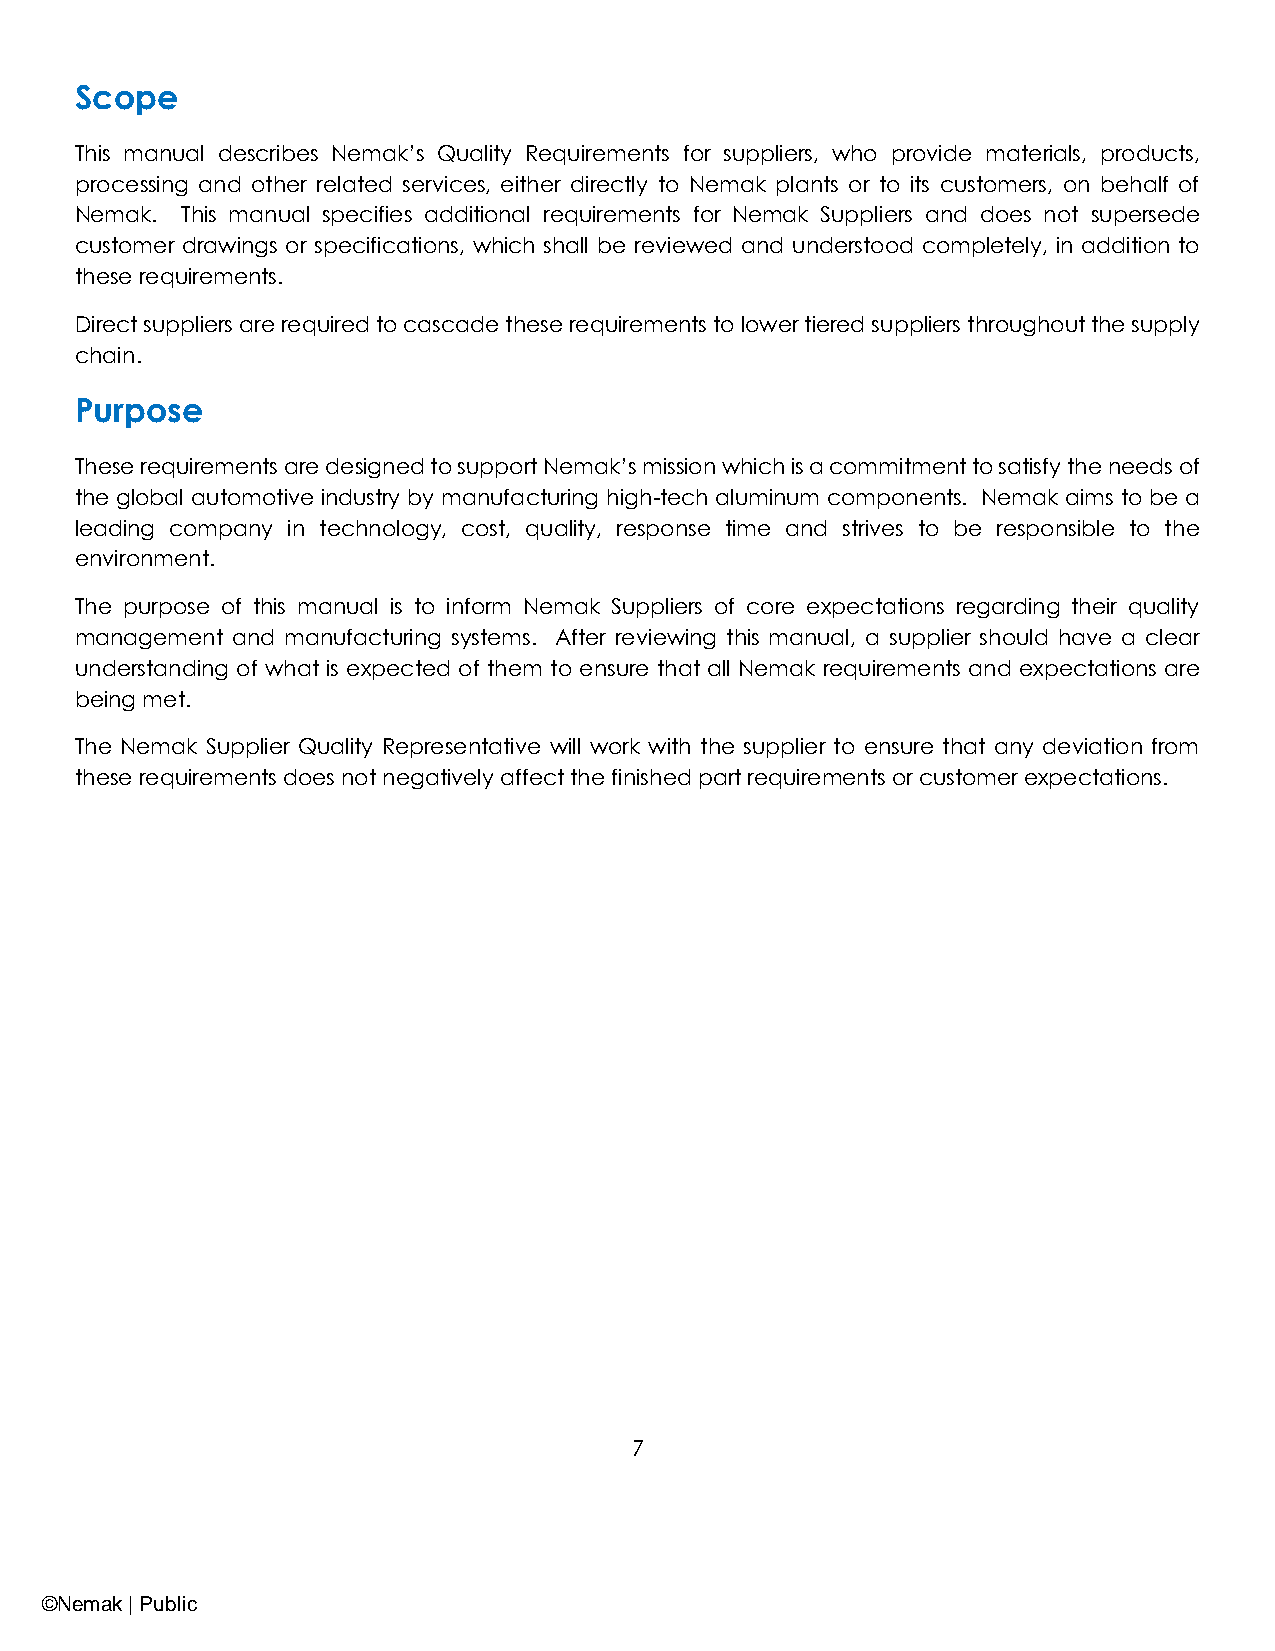
Scope
 This manual describes Nemak’s Quality Requirements for suppliers, who provide materials, products,
 processing and other related services, either directly to Nemak plants or to its customers, on behalf of
 Nemak. This manual specifies additional requirements for Nemak Suppliers and does not supersede
 customer drawings or specifications, which shall be reviewed and understood completely, in addition to
 these requirements.
 Direct suppliers are required to cascade these requirements to lower tiered suppliers throughout the supply
 chain.
 Purpose
 These requirements are designed to support Nemak’s mission which is a commitment to satisfy the needs of
 the global automotive industry by manufacturing high-tech aluminum components. Nemak aims to be a
 leading company in technology, cost, quality, response time and strives to be responsible to the
 environment.
 The purpose of this manual is to inform Nemak Suppliers of core expectations regarding their quality
 management and manufacturing systems. After reviewing this manual, a supplier should have a clear
 understanding of what is expected of them to ensure that all Nemak requirements and expectations are
 being met.
 The Nemak Supplier Quality Representative will work with the supplier to ensure that any deviation from
 these requirements does not negatively affect the finished part requirements or customer expectations.
 7
 ©Nemak | Public